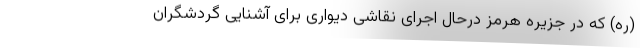
(ره) که در جزیره هرمز درحال اجرای نقاشی دیواری برای آشنایی گردشگران